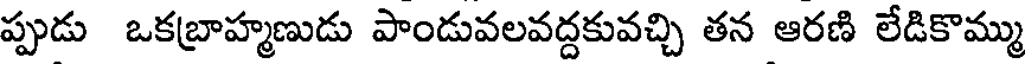
ప్పుడు ఒకబ్రాహ్మణుడు పాండువలవద్దకువచ్చి తన ఆరణి లేడికొమ్ము